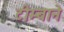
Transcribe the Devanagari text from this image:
टीम्बाने